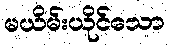
မယိမ်းယိုင်သော